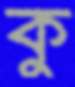
কু